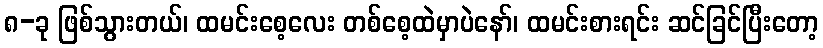
၈-ခု ဖြစ်သွားတယ်၊ ထမင်းစေ့လေး တစ်စေ့ထဲမှာပဲနော်၊ ထမင်းစားရင်း ဆင်ခြင်ပြီးတော့